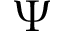
\Psi